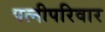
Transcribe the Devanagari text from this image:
पत्नीपरिवार